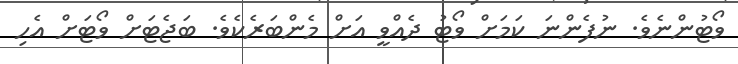
ވޯޓުންނެވެ. ނުފެންނަ ކަމަށް ވޯޓު ދެއްވީ އަށް މެންބަރެކެވެ. ބަޖެޓަށް ވޯޓަށް އެހި